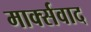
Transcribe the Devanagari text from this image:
मार्क्‍सवाद